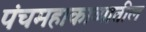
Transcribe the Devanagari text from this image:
पंचमहाकाव्यातील